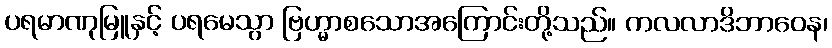
ပရမာဏုမြူနှင့် ပရမေသွာ ဗြဟ္မာစသောအကြောင်းတို့သည်။ ကလလာဒိဘာဝေန၊